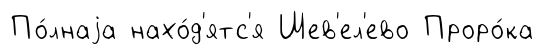
По́лнаjа нахо́д'ятс'я Шев'ел'ево Проро́ка